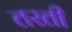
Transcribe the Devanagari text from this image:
तरती